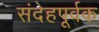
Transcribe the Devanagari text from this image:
संदेहपूर्वक